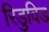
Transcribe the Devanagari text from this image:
रिडुविड